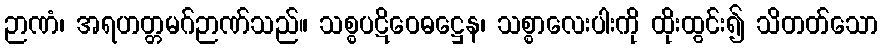
ဉာဏံ၊ အရဟတ္တမဂ်ဉာဏ်သည်။ သစ္စပဋိဝေဓဋ္ဌေန၊ သစ္စာလေးပါးကို ထိုးထွင်း၍ သိတတ်သော